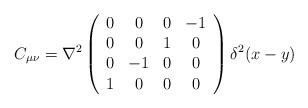
LaTeX: \begin{align*}C_{\mu\nu} = \nabla^2 \left ( \begin{array}{cccc} 0 & 0 & 0 & -1 \\ 0 & 0 & 1 & 0 \\ 0 & -1 & 0 & 0 \\ 1 & 0 & 0 & 0 \\ \end{array} \right) \delta^2(x-y)\end{align*}